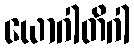
ယောဂါတိဂါ